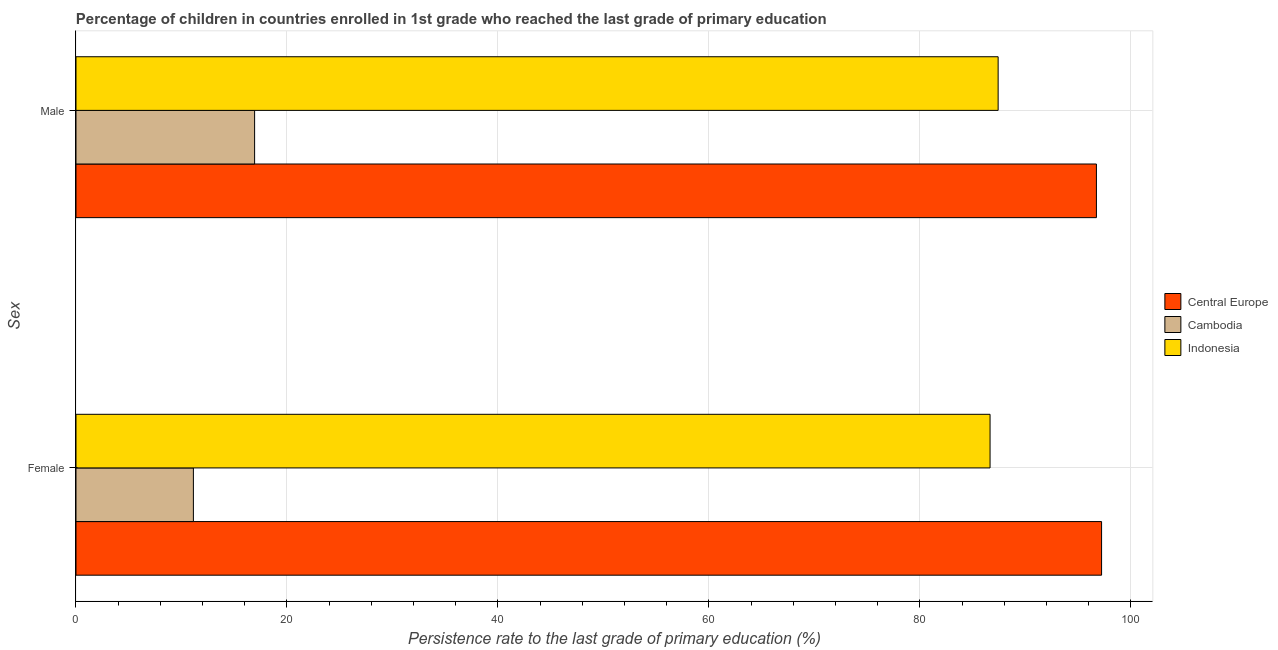
| Sex | Central Europe | Cambodia | Indonesia |
 | --- | --- | --- | --- |
 | Female | 97.2 | 11.1 | 86.7 |
 | Male | 96.7 | 16.9 | 87.4 |